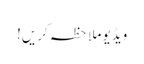
ویڈیو ملاحظہ کریں!